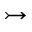
\rightarrowtail